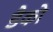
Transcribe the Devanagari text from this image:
डैको